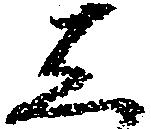
し